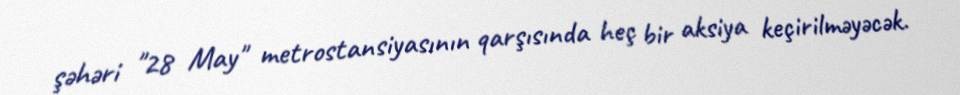
şəhəri "28 May" metrostansiyasının qarşısında heç bir aksiya keçirilməyəcək.